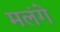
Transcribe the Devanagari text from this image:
मलंगे